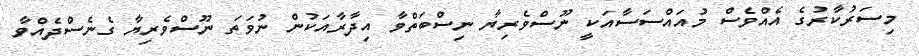
މިސަރުކާރުގެ އެއްވެސް މުއައްސަސާއަކީ ނޫސްވެރިޔާ ނިސްބަތްވާ އިދާރާއަކުން ނުވަތަ ނޫސްވެރިޔާ ގެނެސްދެއްވާ